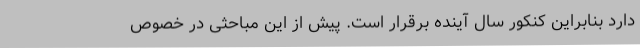
دارد بنابراین کنکور سال آینده برقرار است. پیش از این مباحثی در خصوص